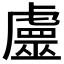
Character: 𧈀